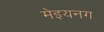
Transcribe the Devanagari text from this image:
मेइयनग